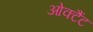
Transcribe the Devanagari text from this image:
ओक्टैंट